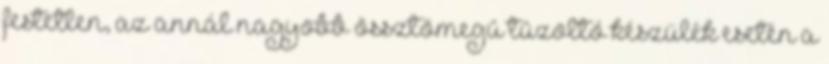
festetlen, az annál nagyobb össztömegû tûzoltó készülék esetén a